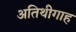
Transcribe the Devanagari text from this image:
अतिथीगाह